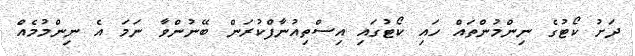
ދަށު ކޯޓުގެ ނިންމުންތައް ހައި ކޯޓުގައި އިސްތިއުނާފްކުރަން ބޭނުންވާ ނަމަ އެ ނިންމުމެއް